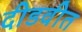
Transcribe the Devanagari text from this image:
दीडवीत